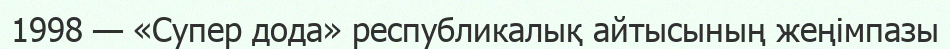
1998 — «Супер дода» республикалық айтысының жеңімпазы